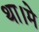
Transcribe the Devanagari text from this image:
था।मे